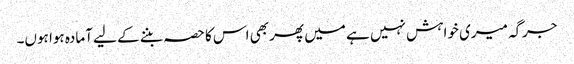
جرگہ میری خواہش نہیں ہے میں پھر بھی اس کا حصہ بننے کے لیے آمادہ ہوا ہوں۔